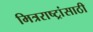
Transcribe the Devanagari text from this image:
मित्रराष्ट्रांसाठी